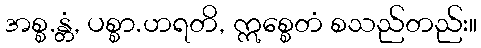
အစ္စ.န္တံ, ပစ္စာ.ဟရတိ, ဣစ္စေတံ စသည်တည်း။